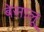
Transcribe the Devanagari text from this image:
बेसालू